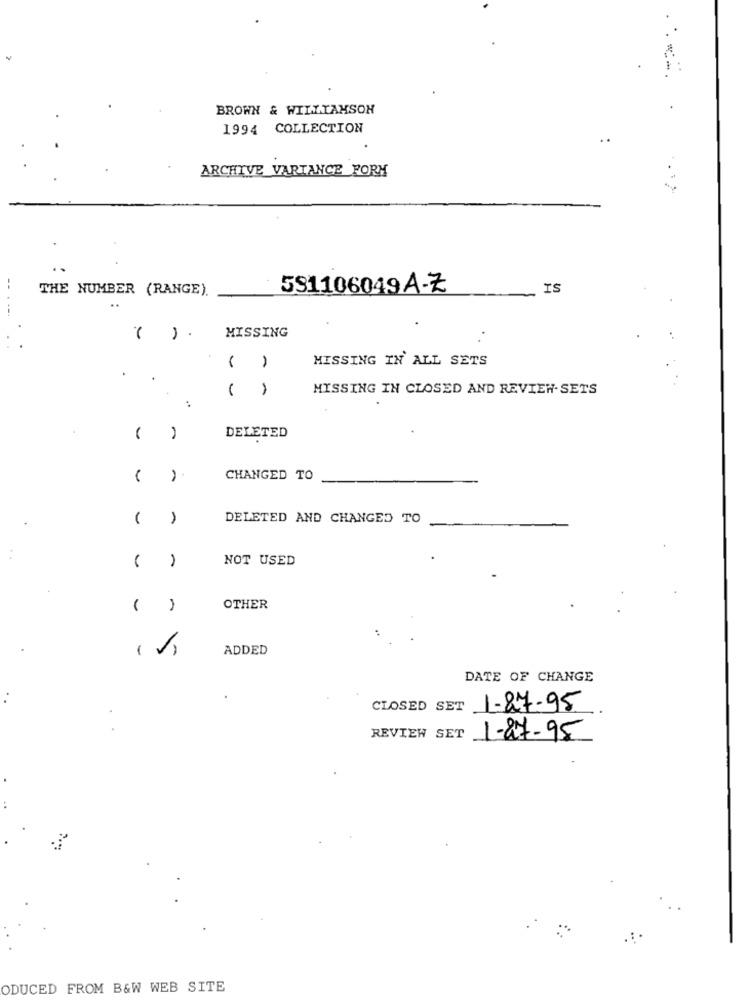
BROWN & WILLIAMSON
1994 COLLECTION
ARCHIVE VARTANCE FORM
--
THE NUMBER (RANGE).
591106049A-Z
IS
( ) .
MISSING
MISSING IN ALL SETS
-
.
.
MISSING IN CLOSED AND REVIEW- SETS
DELETED
-
CHANGED TO
1
DELETED AND CHANGED TO
NOT USED
-
OTHER
-
ADDED
DATE OF CHANGE
CLOSED SET 1-87-95
REVIEW SET
1-87-95
ODUCED FROM B&W WEB SITE